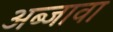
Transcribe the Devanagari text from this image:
अब्जावा